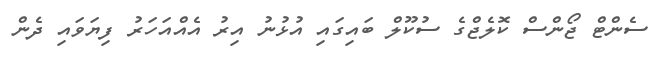
ސެންޓް ޖޯންސް ކޮލެޖްގެ ސުކޫލް ބައިގައި އުޅުނު އިރު އެއްއަހަރު ފިޔަވައި ދެން